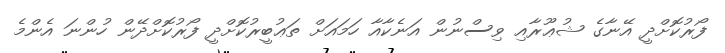
ފޯރުކޮށްދީ އޭނާގެ ޝުޢޫރާއި ވިސްނުން އަނެކާއާ ހަމައަށް ތަޢުބީރުކޮށްދީ ފޯރުކޮށްދޭން ހުންނަ އެންމެ